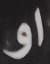
او